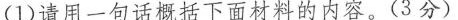
(1)请用一句话概括下面材料的内容。(3分)